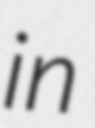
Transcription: in